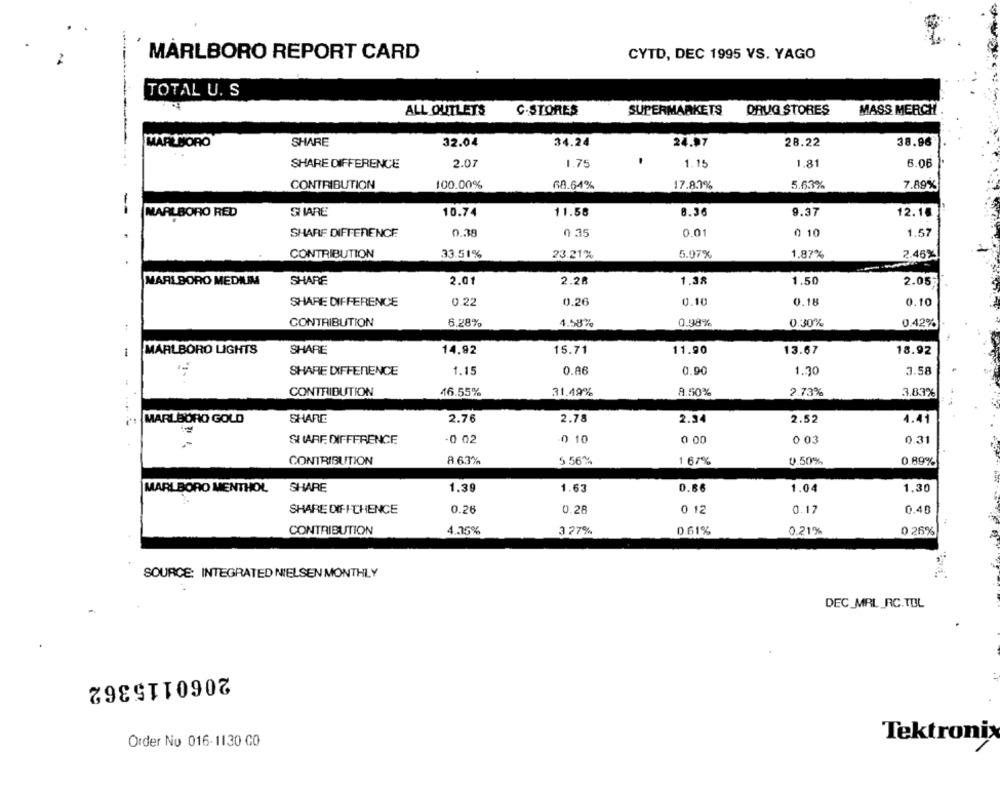
MARLBORO REPORT CARD
CYTO, DEC 1995 VS. YAGO
TOTAL U. S
ALL OUTLETS
C-STORES
SUPERMARKETS
DRUG STORES
MASS MERCH
SHARE
32.04
34.24
28.22
38.96
MARLBORO
24.97
SHARE DIFFERENCE
2.07
1.75
1.15
1.81
6.06
CONTRIBUTION
100.00%
68.64%
17.83%
5.63%
7.89%
--
MARLBORO RED
SHARE
10.74
11.58
8.36
9.37
12.18
SHARF DIFFERENCE
0.38
0 35
0.01
0 10
1.57
CONTRIBUTION
33.51%
23.21%
5.97%
1,87%
2.46%
MARLBORO MEDIUM
SHARE
2.01
2.28
1.38
1.50
2.05
0.26
0.10
0.18
0.10
SHARE DIFFERENCE
0.22
CONTRIBUTION
6.28%
1.58%
0.98%
0.30%
0.42%
11.90
13.67
MARLBORO LIGHTS
SHARE
14,92
15.71
18.92
SHARE DIFFERENCE
1.15
0.86
0.90
1.30
3.58
CONTRIBUTION
46.55%
31.49%
9.50%
2.73%
3.83%
MARLBORO GOLD
SHARE
2.76
2.78
2.34
2.52
4.41
SI ARF DIFFERENCE
-0 02
0 10
0 00
0 03
0.31
8.63%
5 56%
CONTRIBUTION
1 67%
0.50%
0.89%
MARLBORO MENTHOL SHARE
1.39
1.63
0.66
1.04
1.30
SHARE DIFF THENCE
0.26
0.28
0 12
0.17
0.40
CONTRIBUTION
4.35%
3 27%
0.61%
0 26%
0.21%
SOURCE: INTEGRATED NIELSEN MONTHLY
DEC MRL_RC.TOL
2060115362
Order No 016-1130 CO
Tektronix